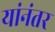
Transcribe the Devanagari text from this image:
यांनंतर